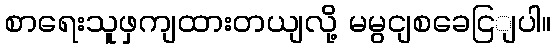
စာရေးသူဖှကျထားတယျလို့ မမွငျစခေငြျပါ။